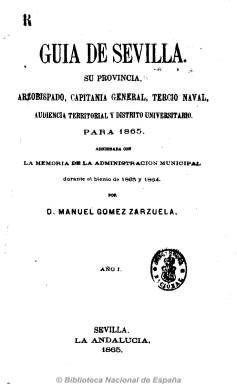
Título: Guía de Sevilla, su provincia
Otros títulos: Guía de Sevilla, su provincia, etc. y agenda de bufete, 1872 || Guía de Sevilla, su provincia, etc.
Colección: Guías y directorios
Ámbito geográfico: Sevilla
Lugar de publicación: Sevilla
Fechas: 01/01/1865-31/12/1896

Anuario que estuvo publicándose durante 32 años, primero por el periodista Manuel Gómez Zarzuela, y desde el fallecimiento de este, en 1887, por Vicente Gómez Zarzuela. Incluye noticias e información de utilidad sobre las instituciones (arzobispado, capitanía general, tercio naval, audiencia territorial, universidad, ayuntamiento, diputación, aduanas, etc.), entidades (sociedades y colegios profesionales, escuelas, bibliotecas, hospitales, comercios, industrias, etc.), edificios y monumentos, transportes y servicios públicos, la agricultura, así como de los integrantes de dichas instituciones, corporaciones y sociedades y de la vida social y cultural sevillanas. Da cuenta de un indicador general del comercio, la industria y profesional, e incluso una guía del vecindario hispalense con trascendencia social y económica.

Cada tomo, de entre 400 y 700 páginas, comienza con un índice alfabético de materias, así como un almanaque y está dividido en secciones. Incluye también publicidad y al final un plano de la ciudad. Con una amplísima información, estaba dirigido no sólo a los sevillanos sino a los viajeros, por contener información también de carácter turístico. También se tituló Guía oficial de Sevilla y su provincia.